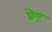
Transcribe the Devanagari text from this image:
प्रेए